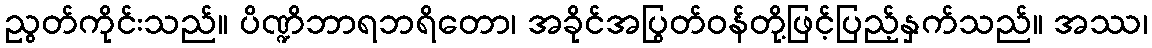
ညွတ်ကိုင်းသည်။ ပိဏ္ဍိဘာရဘရိတော၊ အခိုင်အပြွတ်ဝန်တို့ဖြင့်ပြည့်နှက်သည်။ အဿ၊